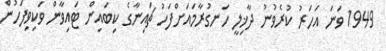
1949 ވަނަ އަހަރު ކުރެވުނު ދާޚިލީ ހަނގުރާމައަށްފަހު ޗައިނާގެ ކިބައިން ޓައިވާން ވަކިވިފަހުން